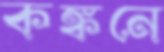
কঙ্কনে